Vaccination in Bombay 1924-1928 - 1924-1928
Year: 1924
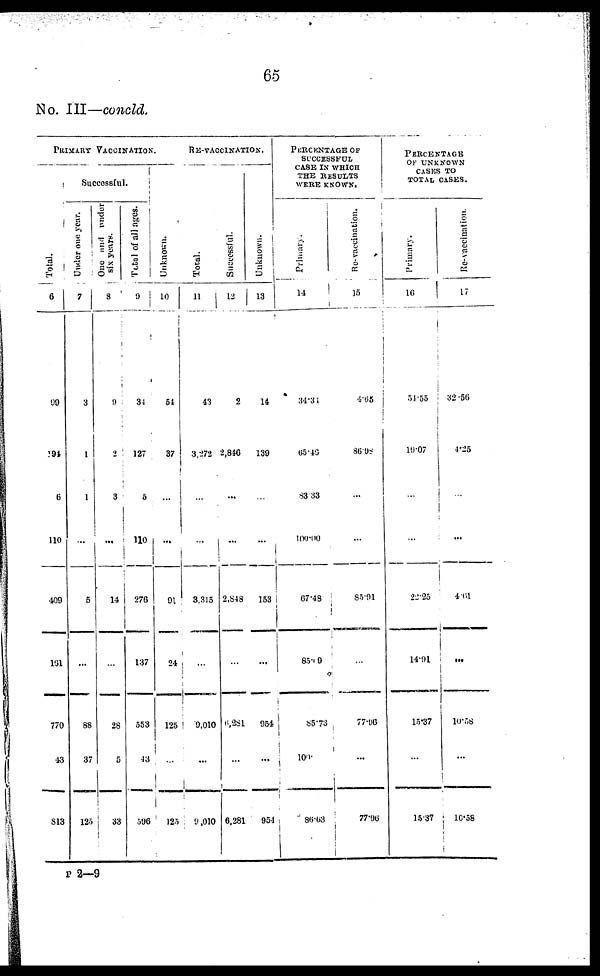
65
No. III—concld.
PRIMARY VACCINATION.
Total.
6
99
191
6
110
409
161
770
43
813
Successful.
Under one year.
7
3
1
1
...
5
...
88
37
125
One and under
six years.
8
9
2
3
...
14
...
28
5
33
Total of all ages.
9
34
127
5
110
276
137
553
43
596
Unknown.
10
51
37
...
...
91
24
125
...
125
RE-VACCINATION.
Total.
11
43
3,272
...
...
3,315
...
9,010
...
9,010
Successful.
12
2
2,846
...
...
2,848
...
6,281
...
6,281
Unknown.
13
14
139
...
...
153
...
954
...
954
PERCENTAGE OF
SUCCESSFUL
CASE IN WHICH
THE RESULTS
WERE KNOWN.
Primary.
14
34.31
65.46
83.33
100.00
67.48
85.09
85.73
100.
86.63
Re- vaccination.
15
4.65
86.98
...
...
85.91
...
77.96
...
77.96
PERCENTAGE
OF UNKNOWN
CASES TO
TOTAL CASES.
Primary.
16
54.55
19.07
...
...
22.25
14.91
15.37
...
15.37
Re-vaccination.
17
32.56
4.25
...
4.61
...
10.58
...
10.58
P 2—9